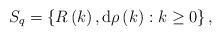
LaTeX: \begin{align*}S_{q}=\left\{ R\left( k\right) ,\mathrm{d}\rho\left( k\right):k\geq0\right\} , \end{align*}